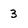
Character: 3